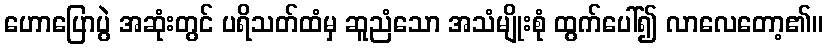
ဟောပြောပွဲ အဆုံးတွင် ပရိသတ်ထံမှ ဆူညံသော အသံမျိုးစုံ ထွက်ပေါ်၍ လာလေတော့၏။